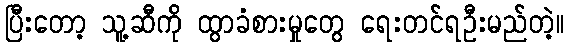
ပြီးတော့ သူ့ဆီကို ထွာခံစားမှုတွေ ရေးတင်ရဦးမည်တဲ့။